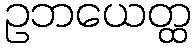
ဥဘယေတ္ထ